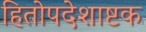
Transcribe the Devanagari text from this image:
हितोपदेशाष्टक